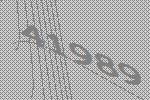
41989